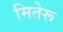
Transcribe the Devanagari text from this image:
मितेरू